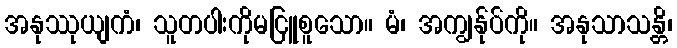
အနုဿုယျကံ၊ သူတပါးကိုမငြူစူသော။ မံ၊ အကျွန်ုပ်ကို။ အနုသာသန္တိ၊